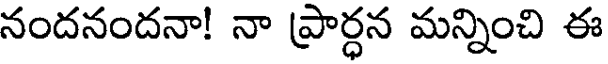
నందనందనా! నా ప్రార్ధన మన్నించి ఈ